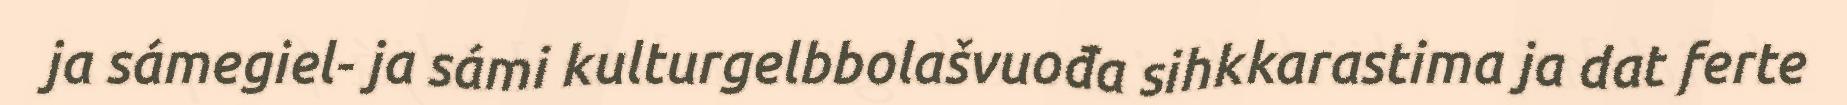
ja sámegiel- ja sámi kulturgelbbolašvuođa sihkkarastima ja dat ferte